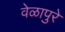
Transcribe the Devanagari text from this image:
वेळापुरे